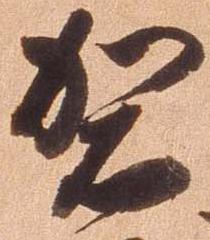
袈